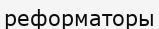
реформаторы